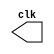
//----------------------------
//	Nome: Daniel Sathler Silva
// Matrcula: 405795
// Guia 09
//
//----------------------------


//----------------------------
//-- Clock
//----------------------------
module clock ( clk );
 output clk;
 reg    clk;

 initial
  begin
   clk = 1'b0;
  end

 always
  begin
   #12 clk = ~clk;
  end
endmodule

//----------------------------
//-- Exercicio 01
//----------------------------

module exe01(signal, clock);

 input  clock;
 output signal;
 reg    signal;

  initial
  begin
   signal = 1'b0;
  end

 always
  begin
   #24 signal = ~signal;
  end
  
endmodule

//----------------------------
//-- Exercicio 02
//----------------------------

module exe02(signal, clock);

 input  clock;
 output signal;
 reg    signal;

  initial
  begin
   signal = 1'b0;
  end

 always
  begin
   #4 signal = ~signal;
  end
  
endmodule

//----------------------------
//-- Exercicio 03
//----------------------------

module exe03 ( signal, clock );
 input  clock;
 output signal;
 reg    signal;

 always @ ( posedge clock )
  begin
      signal = 1'b1;
	#4 signal = 1'b0;
  end
  
 always @ ( negedge clock )
  begin
  		signal = 1'b1;
   #4 signal = 1'b0;
  end
  
endmodule // pulse

//----------------------------
//-- Exercicio 04
//----------------------------

module exe04 ( signal, clock );
 input  clock;
 output signal;
 reg    signal;

  
 always @ ( negedge clock )
  begin
  		  signal = 1'b1;
    #60 signal = 1'b0;
  end
endmodule

//----------------------------
//-- Exercicio 05
//----------------------------

module exe05 ( signal, clock );
 input  clock;
 output signal;
 reg    signal;

  
 always @ ( posedge clock )
  begin
  	    signal = 1'b1;
    #4 signal = 1'b0;
  end
endmodule

//----------------------------
//-- Teste
//----------------------------

module teste;

 wire  clock;
 clock clk1 ( clock );
 
 wire s1, s2, s3, s4, s5;
 
 exe01 e01 (s1 , clock);
 exe02 e02 (s2 , clock);
 exe03 e03 (s3 , clock);
 exe04 e04 (s4 , clock);
 exe05 e05 (s5 , clock);

 initial begin
  $dumpfile ( "guia09.vcd" );
  $dumpvars (1, clock, s1, s2, s3, s4, s5);

  #120 $finish;
 end

endmodule